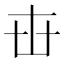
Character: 𠦔